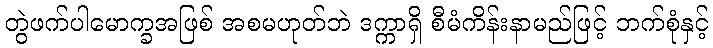
တွဲဖက်ပါမောက္ခအဖြစ် အစမဟုတ်ဘဲ ဒက္ကာရှိ စီမံကိန်းနာမည်ဖြင့် ဘက်စုံနှင့်